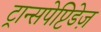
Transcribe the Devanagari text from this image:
ट्रान्सपेप्टिडेज़